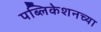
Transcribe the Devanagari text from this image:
पब्लिकेशनच्या